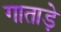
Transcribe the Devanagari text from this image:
गाताड़े